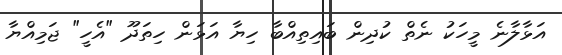
އަޅާލާނެ މީހަކު ނެތް ކުދިން ބައިތިއްބާ ހިޔާ އަޅަން ހިތަދޫ "އެހީ" ޖަމިއްޔާ